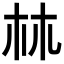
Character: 𣏟